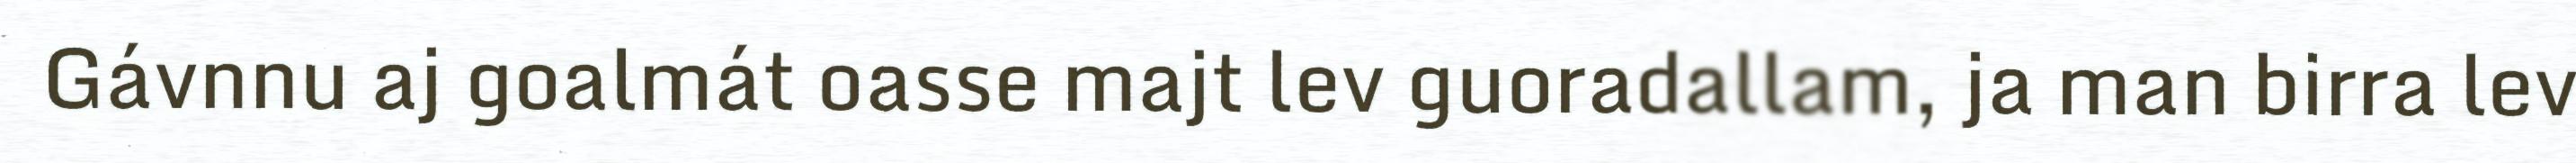
Gávnnu aj goalmát oasse majt lev guoradallam, ja man birra lev